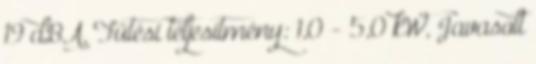
19 dBA, Fűtési teljesítmény: 1,0 - 5,0 kW, Javasolt